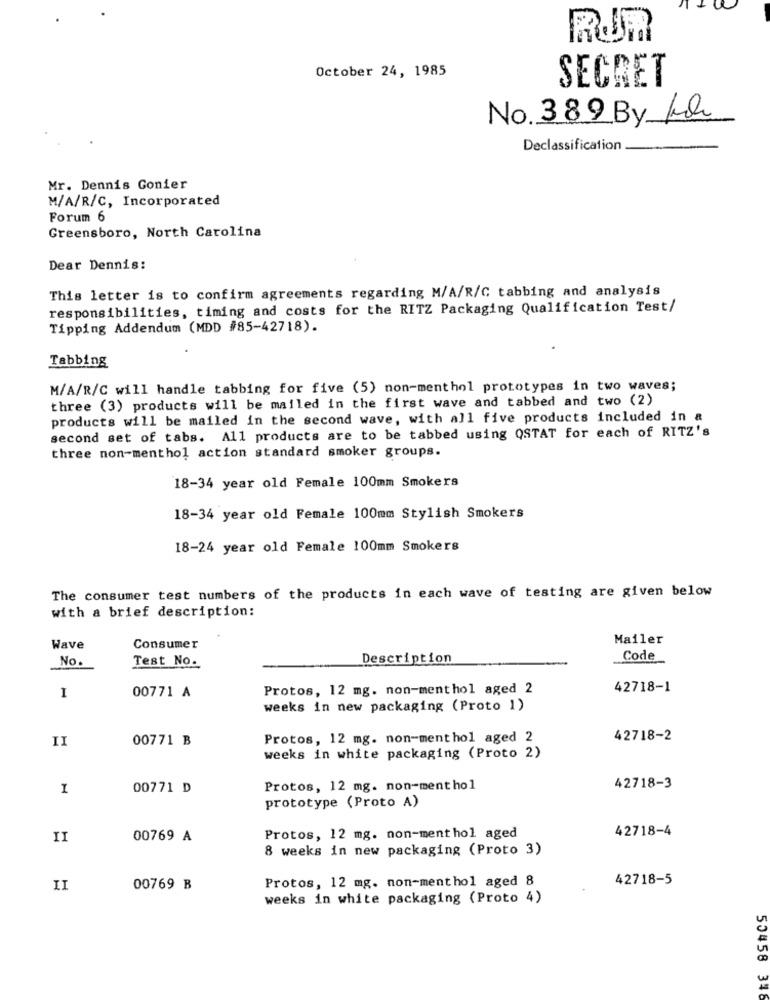
RUR
October 24, 1985
SECRET
No. 389 By Ka
Declassification
Mr. Dennis Gonier
M/A/R/C, Incorporated
Forum 6
Greensboro, North Carolina
Dear Dennis:
This letter is to confirm agreements regarding M/A/R/C tabbing and analysis
responsibilities, timing and costs for the RITZ Packaging Qualification Test/
Tipping Addendum (MDD #85-42718).
Tabbing
M/A/R/C will handle tabbing for five (5) non-menthol prototypes in two waves;
three (3) products will be mailed in the first wave and tabbed and two (2)
products will be mailed in the second wave, with all five products included in a
second set of tabs. All products are to be tabbed using QSTAT for each of RITZ's
three non-menthol action standard smoker groups.
18-34 year old Female 100mm Smokers
18-34 year old Female 100mm Stylish Smokers
18-24 year old Female 100mm Smokers
The consumer test numbers of the products in each wave of testing are given below
with a brief description:
Mailer
Wave
Consumer
No.
Description
Code
Test No.
Protos, 12 mg. non-menthol aged 2
42718-1
I
00771 A
weeks in new packaging (Proto 1)
II
00771 B
Protos, 12 mg. non-menthol aged 2
42718-2
weeks in white packaging (Proto 2)
I
00771 D
Protos, 12 mg. non-ment hol
42718-3
prototype (Proto A)
42718-4
II
00769 A
Protos, 12 mg. non-menthol aged
8 weeks in new packaging (Proto 3)
Protos, 12 mg. non-menthol aged 8
42718-5
II
00769 B
weeks in white packaging (Proto 4)
50458 348